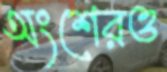
অংশেরও